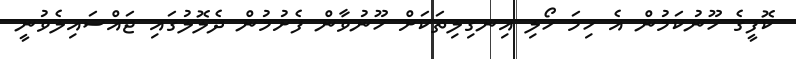
ކޮފީގެ ހޫނުކަމުން އެ ހިމަ ހޯލި އިނގިލިތަކަށް ހޫނުވާން ފެށުމުން ދެލޮލުގައި ޖައްސައިލެވުނީ